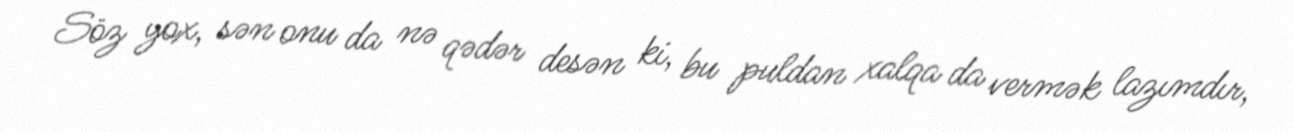
Söz yox, sən onu da nə qədər desən ki, bu puldan xalqa da vermək lazımdır,